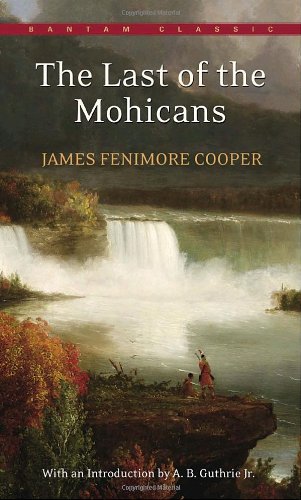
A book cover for The Last of the Mohicans (Bantam Classics); James Fenimore Cooper; Literature & Fiction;